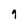
Character: 9